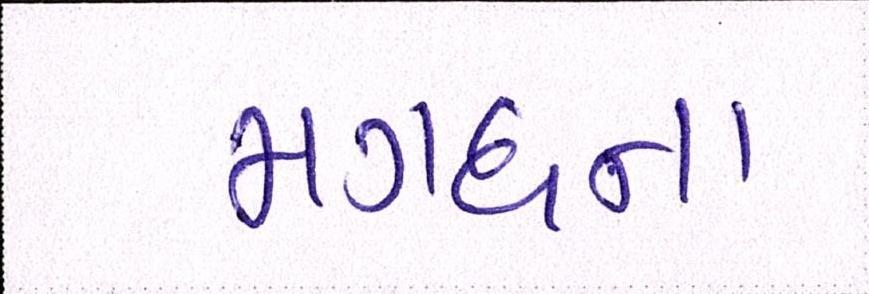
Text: મગધના